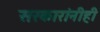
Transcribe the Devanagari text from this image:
सरकारांनीही